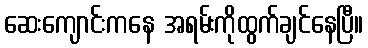
ဆေးကျောင်းကနေ အရမ်းကိုထွက်ချင်နေပြီ။